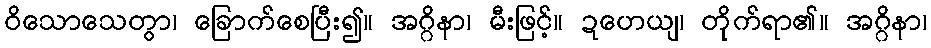
ဝိသောသေတွာ၊ ခြောက်စေပြီး၍။ အဂ္ဂိနာ၊ မီးဖြင့်။ ဍဟေယျ၊ တိုက်ရာ၏။ အဂ္ဂိနာ၊